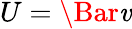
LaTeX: U=\Bar{\mathit{v}}